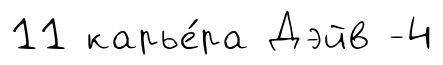
11 карье́ра Дэйв -4